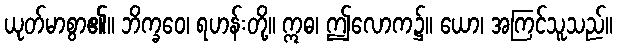
ယုတ်မာစွာ၏။ ဘိက္ခဝေ၊ ရဟန်းတို့။ ဣဓ၊ ဤလောက၌။ ယော၊ အကြင်သူသည်။